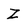
Character: Z